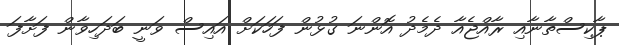
ޕާކިސްތާނާއި ރާއްޖެއާ ދެމެދު އޮންނަ ގުޅުން ފަހަކަށް އައިސް ވަނީ ބަދަހިވާން ފަށާފަ